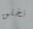
نخلق